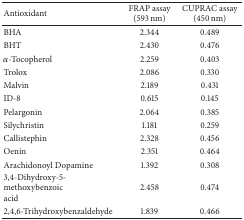
<table><thead><tr><td><b>Antioxidant</b></td><td><b>FRAP assay (593 nm)</b></td><td><b>CUPRAC assay (450 nm)</b></td></tr></thead><tbody><tr><td>BHA</td><td>2.344</td><td>0.489</td></tr><tr><td>BHT</td><td>2.430</td><td>0.476</td></tr><tr><td><i>α</i>-Tocopherol</td><td>2.259</td><td>0.403</td></tr><tr><td>Trolox</td><td>2.086</td><td>0.330</td></tr><tr><td>Malvin</td><td>2.189</td><td>0.431</td></tr><tr><td>ID-8</td><td>0.615</td><td>0.145</td></tr><tr><td>Pelargonin</td><td>2.064</td><td>0.385</td></tr><tr><td>Silychristin</td><td>1.181</td><td>0.259</td></tr><tr><td>Callistephin</td><td>2.328</td><td>0.456</td></tr><tr><td>Oenin</td><td>2.351</td><td>0.464</td></tr><tr><td>Arachidonoyl Dopamine</td><td>1.392</td><td>0.308</td></tr><tr><td>3,4-Dihydroxy-5-methoxybenzoic acid</td><td>2.458</td><td>0.474</td></tr><tr><td>2,4,6-Trihydroxybenzaldehyde</td><td>1.839</td><td>0.466</td></tr></tbody></table>